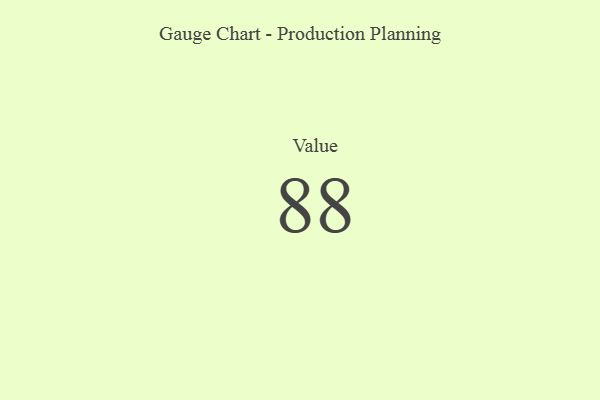
{"axis": {"x": "Metric", "y": "Value"}, "legend": [""], "data": [{"x": "Value", "y": 88, "type": ""}]}